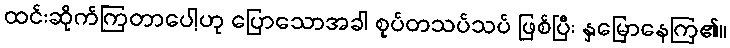
ထင်းဆိုက်ကြတာပေါ့ဟု ပြောသောအခါ စုပ်တသပ်သပ် ဖြစ်ပြီး နှမြောနေကြ၏။